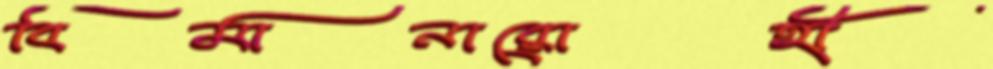
বিমানারোহী